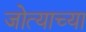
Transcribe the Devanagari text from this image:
जोत्याच्या